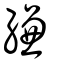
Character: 縑